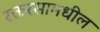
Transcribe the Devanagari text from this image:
रक्तरसामधील